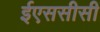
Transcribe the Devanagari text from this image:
ईएससीसी